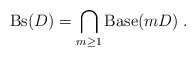
\begin{align*}{\rm Bs}(D)=\bigcap_{m \geq 1} {\rm Base}(mD) \;.\end{align*}